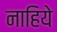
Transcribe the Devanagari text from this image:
नाहिये